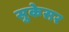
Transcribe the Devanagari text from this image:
सुकेसर